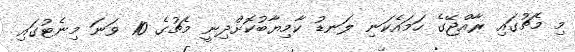
މި މެޗުގައި ރާއްޖޭގެ ހަމައެކަނި ލަނޑު ކާމިޔާބުކޮށްދިނީ މެޗުގެ 10 ވަނަ މިނެޓުގައި